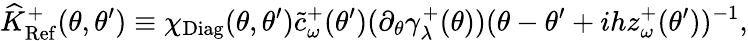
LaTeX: \widehat K_{\mathrm{Ref}}^{+}(\theta,\theta^{\prime})\equiv\chi_{\mathrm{Diag}}(\theta,\theta^{\prime})\tilde{c}_{\omega}^{+}(\theta^{\prime})(\partial_{\theta}\gamma_{\lambda}^{+}(\theta))(\theta-\theta^{\prime}+ihz_{\omega}^{+}(\theta^{\prime}))^{-1},